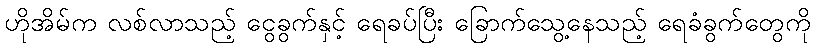
ဟိုအိမ်က လစ်လာသည့် ငွေခွက်နှင့် ရေခပ်ပြီး ခြောက်သွေ့နေသည့် ရေခံခွက်တွေကို